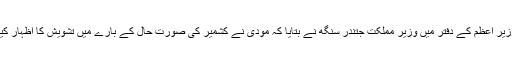
افریقہ سے واپسی پر مودی نے ایک اعلیٰ سطحی اجلاس بلایا تھا، جس میں وزیر اعظم کے دفتر میں وزیر مملکت جتندر سنگھ نے بتایا کہ مودی نے کشمیر کی صورت حال کے بارے میں تشویش کا اظہار کیا ہے اور صورت حال بحال کرنے کے لیے لوگوں سے امن کی اپیل کی ہے۔